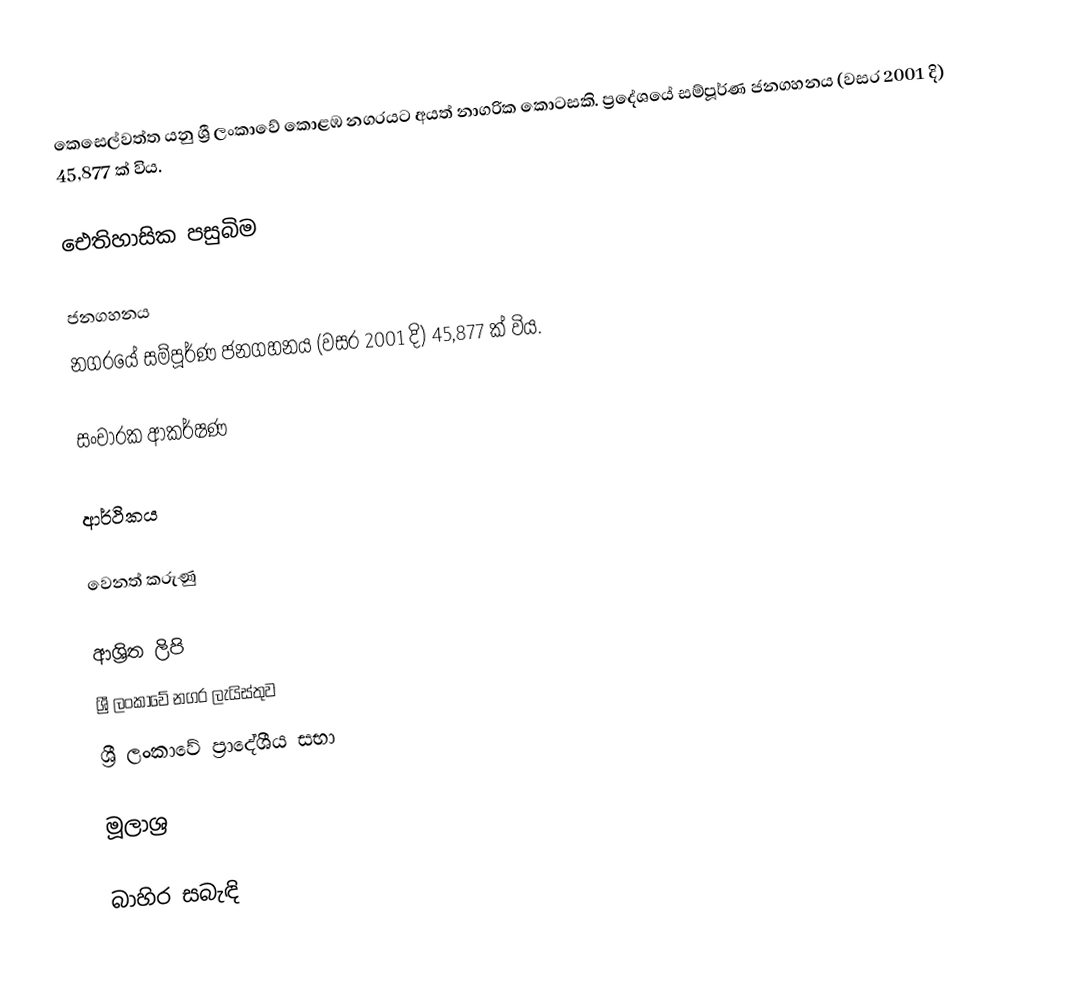
කෙසෙල්වත්ත යනු ශ්‍රී ලංකාවේ කොළඹ නගරයට අයත් නාගරික කොටසකි.  ප්‍රදේශයේ සම්පූර්ණ ජනගහනය (වසර 2001 දි) 45,877 ක්	විය.

ඓතිහාසික පසුබිම

ජනගහනය
නගරයේ සම්පූර්ණ ජනගහනය (වසර 2001 දි) 45,877 ක්	විය.

සංචාරක ආකර්ෂණ

ආර්ථිකය

වෙනත් කරුණු

ආශ්‍රිත ලිපි
 ශ්‍රී ලංකාවේ නගර ලැයිස්තුව
 ශ්‍රී ලංකාවේ ප්‍රාදේශීය සභා

මූලාශ්‍ර

බාහිර සබැඳි